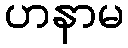
ဟနာမ